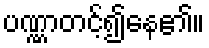
ပဏ္ဏာတင့်၍နေ၏။